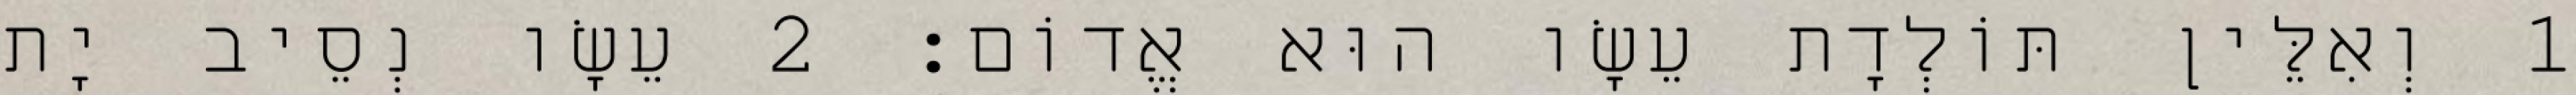
1 וְאִלֵּין תּוֹלְדָת עֵשָׂו הוּא אֱדוֹם׃ 2 עֵשָׂו נְסֵיב יָת